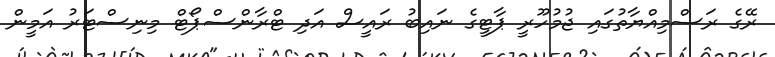
ރޭގެ ރަސްމިއްޔާތުގައި ޖުމުހޫރީ ޕާޓީގެ ނައިބު ރައީސް އަދި ޓްރާންސްޕޯޓް މިނިސްޓަރު އަމީން